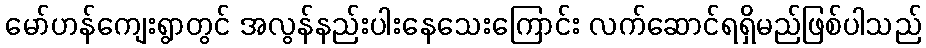
မော်ဟန်ကျေးရွာတွင် အလွန်နည်းပါးနေသေးကြောင်း လက်ဆောင်ရရှိမည်ဖြစ်ပါသည်